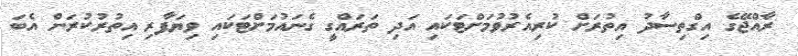
ރާއްޖޭގެ އިގްތިސާދު އިތުރަށް ކުރިއެރުވުމަށްޓަކައި އަދި ތަރައްގީ ގެނައުމަށްޓަކައި ވިޔަފާރި އިތުރުކުރަން އެބަ